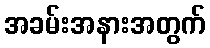
အခမ်းအနားအတွက်